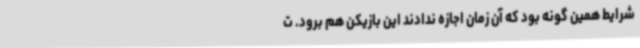
شرایط همین گونه بود که آن زمان اجازه ندادند این بازیکن هم برود. ت